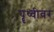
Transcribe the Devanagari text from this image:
पॄथ्वीवर